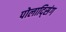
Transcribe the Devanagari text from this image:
पोलाद्सिंग